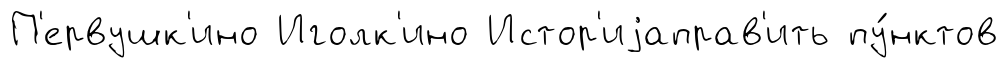
П'ервушк'ино Иголк'ино Истор'иjаправ'ить пу́нктов